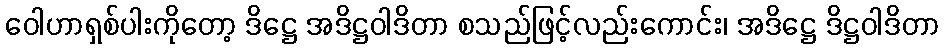
ဝေါဟာရှစ်ပါးကိုတော့ ဒိဋ္ဌေ အဒိဋ္ဌဝါဒိတာ စသည်ဖြင့်လည်းကောင်း၊ အဒိဋ္ဌေ ဒိဋ္ဌဝါဒိတာ